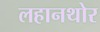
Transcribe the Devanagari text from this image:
लहानथोर